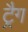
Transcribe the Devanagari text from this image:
ट्रैग